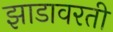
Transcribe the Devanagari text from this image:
झाडावरती